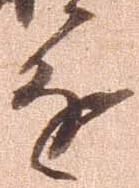
進